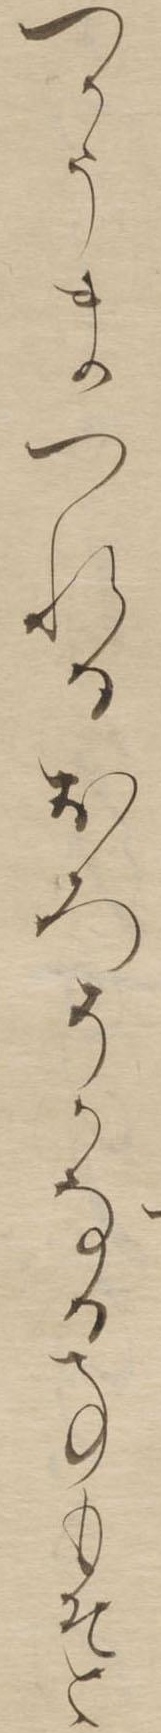
つかうまつれるおろそかなる事もそと